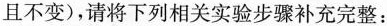
且不变)，请将下列相关实验步骤补充完整：